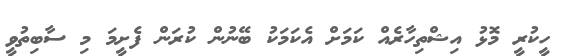
ހީކުރީ މޮޅު އިޝްތިހާރެއް ކަމަށް އެކަމަކު ބޭނުން ކުރަން ފެށީމަ މި ސާބިތުވީ